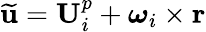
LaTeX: \widetilde{\textbf{u}}=\textbf{U}_{i}^{p}+\boldsymbol\omega_{i}\times\textbf{r}